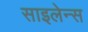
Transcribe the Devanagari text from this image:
साइलेन्स